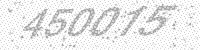
Solution: 450015